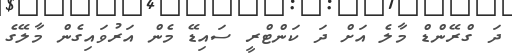
ދަ ގްރޭންޑް މާލެ އަށް ދަ ކަންޓްރީ ސައިޑޭ މެން އަރުވައިގެން މާލޭގެ